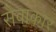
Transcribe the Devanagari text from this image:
सेवाकार